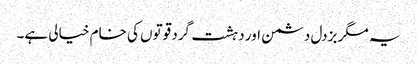
یہ مگر بزدل دشمن اور دہشت گرد قوتوں کی خام خیالی ہے۔